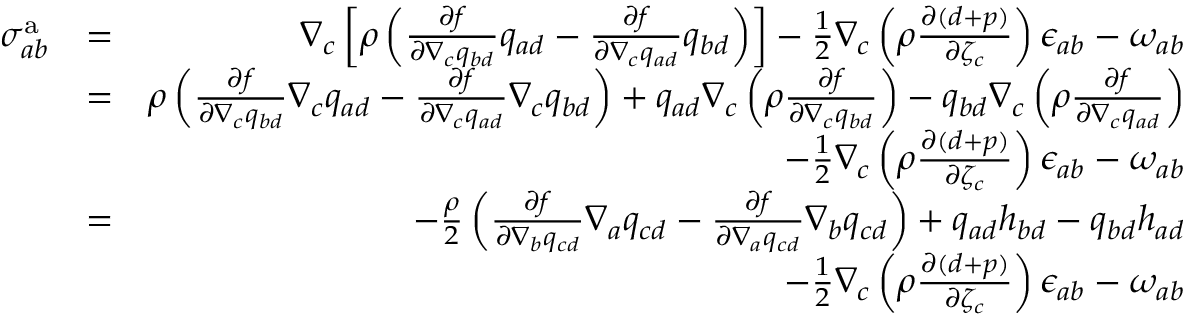
\begin{array} { r l r } { { \sigma } _ { a b } ^ { \mathrm { a } } } & { = } & { \nabla _ { c } \left[ \rho \left( \frac { \partial f } { \partial \nabla _ { c } q _ { b d } } q _ { a d } - \frac { \partial f } { \partial \nabla _ { c } q _ { a d } } q _ { b d } \right) \right] - \frac { 1 } { 2 } \nabla _ { c } \left( \rho \frac { \partial ( d + p ) } { \partial \zeta _ { c } } \right) \epsilon _ { a b } - \omega _ { a b } } \\ & { = } & { \rho \left( \frac { \partial f } { \partial \nabla _ { c } q _ { b d } } \nabla _ { c } q _ { a d } - \frac { \partial f } { \partial \nabla _ { c } q _ { a d } } \nabla _ { c } q _ { b d } \right) + q _ { a d } \nabla _ { c } \left( \rho \frac { \partial f } { \partial \nabla _ { c } q _ { b d } } \right) - q _ { b d } \nabla _ { c } \left( \rho \frac { \partial f } { \partial \nabla _ { c } q _ { a d } } \right) } \\ & { } & { - \frac { 1 } { 2 } \nabla _ { c } \left( \rho \frac { \partial ( d + p ) } { \partial \zeta _ { c } } \right) \epsilon _ { a b } - \omega _ { a b } } \\ & { = } & { - \frac { \rho } { 2 } \left( \frac { \partial f } { \partial \nabla _ { b } q _ { c d } } \nabla _ { a } q _ { c d } - \frac { \partial f } { \partial \nabla _ { a } q _ { c d } } \nabla _ { b } q _ { c d } \right) + q _ { a d } h _ { b d } - q _ { b d } h _ { a d } } \\ & { } & { - \frac { 1 } { 2 } \nabla _ { c } \left( \rho \frac { \partial ( d + p ) } { \partial \zeta _ { c } } \right) \epsilon _ { a b } - \omega _ { a b } } \end{array}